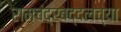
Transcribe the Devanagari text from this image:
रामचंद्रबद्दलच्या